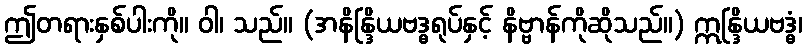
ဤတရားနှစ်ပါးကို။ ဝါ၊ သည်။ (အနိန္ဒြိယဗဒ္ဓရုပ်နှင့် နိဗ္ဗာန်ကိုဆိုသည်။) ဣန္ဒြိယဗဒ္ဓံ၊